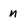
Character: n